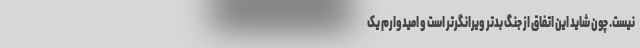
نیست. چون شاید این اتفاق از جنگ بدتر ویرانگرتر است و امیدوارم یک